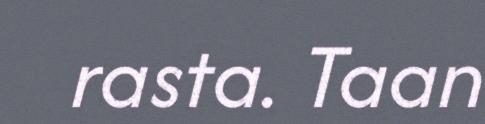
rasta. Taan